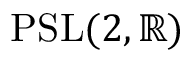
\mathrm { { P S L } } ( 2 , \mathbb { R } )